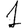
Digit: 1